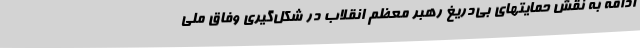
ادامه به نقش حمایتهای بی‌دریغ رهبر معظم انقلاب در شکل‌گیری وفاق ملی